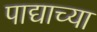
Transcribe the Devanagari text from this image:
पाद्याच्या